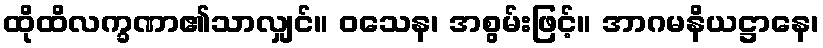
ထိုထိလက္ခဏာ၏သာလျှင်။ ဝသေန၊ အစွမ်းဖြင့်။ အာဂမနိယဋ္ဌာနေ၊